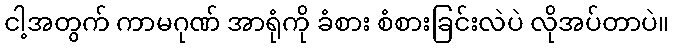
ငါ့အတွက် ကာမဂုဏ် အာရုံကို ခံစား စံစားခြင်းလဲပဲ လိုအပ်တာပဲ။